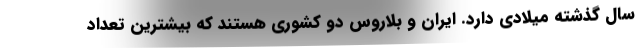
سال گذشته میلادی دارد. ایران و بلاروس دو کشوری هستند که بیشترین تعداد